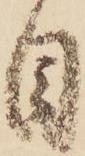
目